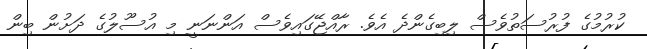
ކުރުމުގެ ފުރުސަތުވެސް ލިބިގެންދެ އެވެ. ރާއްޖޭގައިވެސް އަންނަނީ މި އުސޫލުގެ ދަށުން ބިން